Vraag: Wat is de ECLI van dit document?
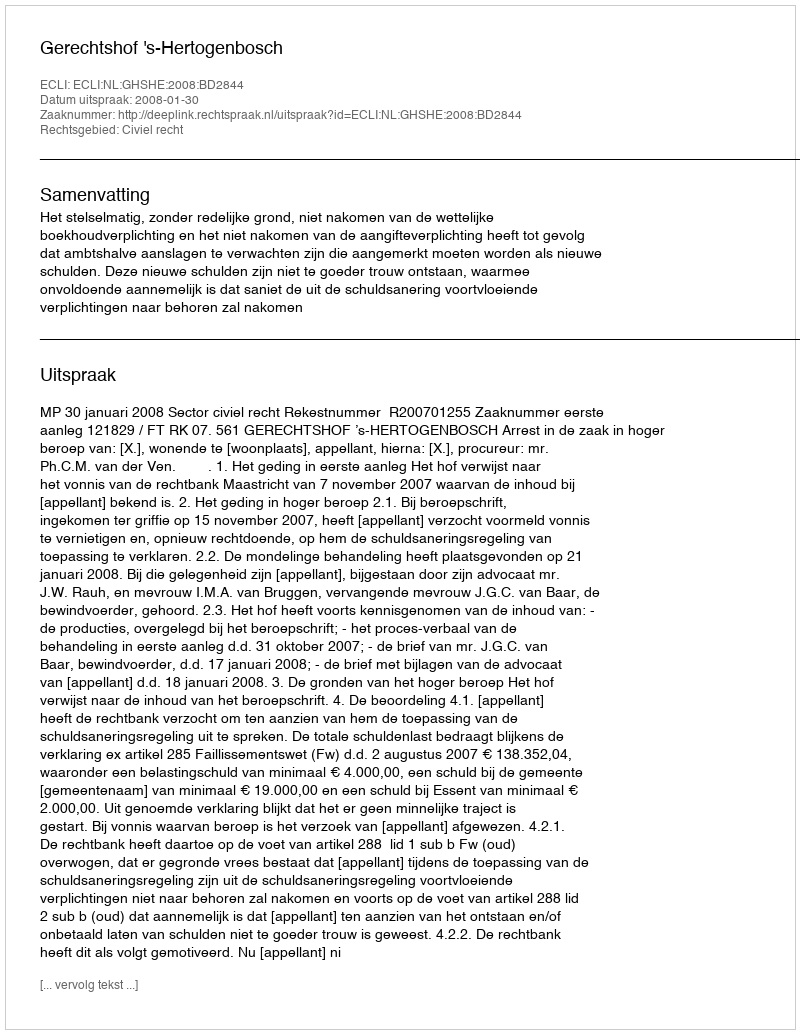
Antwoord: ECLI:NL:GHSHE:2008:BD2844